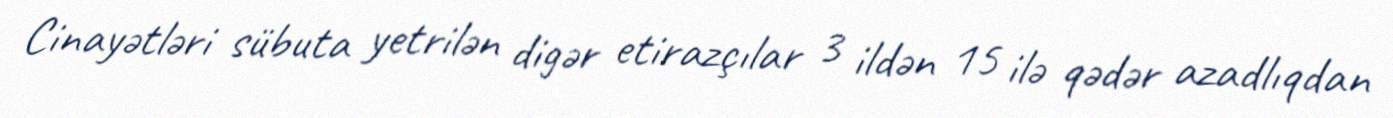
Cinayətləri sübuta yetrilən digər etirazçılar 3 ildən 15 ilə qədər azadlıqdan